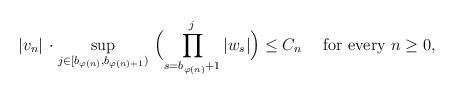
LaTeX: \begin{align*}|v_n|\,\cdot \sup_{j\in [b_{\varphi(n)},b_{\varphi(n)+1})}\ \Bigl(\prod_{s=b_{\varphi(n)}+1}^{j}|w_{s}|\Bigr)\le C_{n}\quad\hbox{ for every $n\ge 0$,}\end{align*}